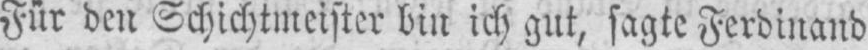
Für den Schichtmeister bin ich gut, sagte Ferdinand